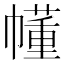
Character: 𫷐